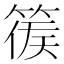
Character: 𥰉